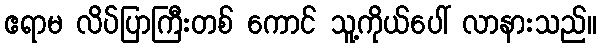
ဧရာမ လိပ်ပြာကြီးတစ် ကောင် သူ့ကိုယ်ပေါ် လာနားသည်။